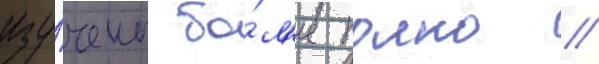
изу́чены бо́л'ее полно //